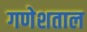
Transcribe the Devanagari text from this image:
गणेशताल